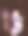
ভ